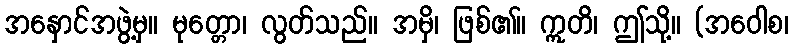
အနှောင်အဖွဲ့မှ။ မုတ္တော၊ လွတ်သည်။ အမှိ၊ ဖြစ်၏။ ဣတိ၊ ဤသို့။ (အဝေါစ၊